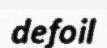
defoil